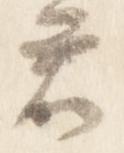
君